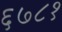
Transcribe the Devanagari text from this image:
६७८१